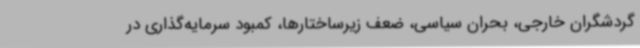
گردشگران خارجی، بحران سیاسی، ضعف زیرساختارها، کمبود سرمایه‌گذاری در